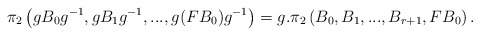
\begin{align*} \pi_2\left(gB_0g^{-1},gB_1g^{-1},..., g(FB_0)g^{-1}\right)=g.\pi_2 \left(B_0,B_1,...,B_{r+1}, FB_0\right).\end{align*}